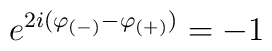
e^{2i(\varphi _{(-)}-\varphi _{(+)})}=-1